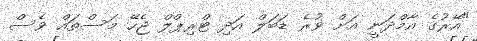
"އޭރުގެ އާމްދަނީ އަށް ވުރެ ޑަބަލް އަދި ޓްރިޕްލް ޖެހޭ މަސްތައް ވެސް